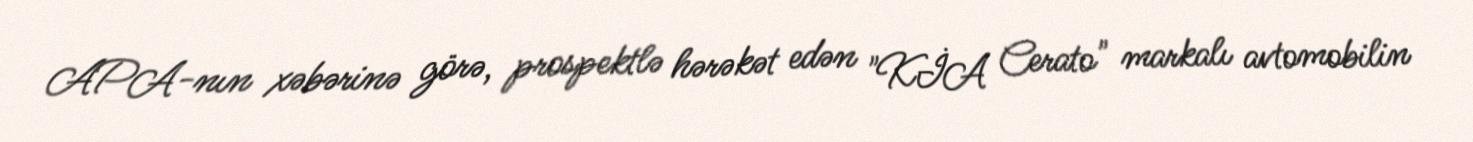
APA-nın xəbərinə görə, prospektlə hərəkət edən "KİA Cerato" markalı avtomobilin